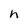
Character: h